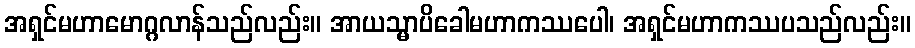
အရှင်မဟာမောဂ္ဂလာန်သည်လည်း။ အာယသ္မာပိခေါမဟာကဿပေါ၊ အရှင်မဟာကဿပသည်လည်း။